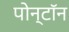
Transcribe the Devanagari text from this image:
पोन्टॉन